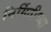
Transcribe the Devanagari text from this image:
निर्मितीच्‍या